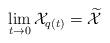
LaTeX: \begin{align*} \lim_{t \to 0} \mathcal{X}_{q(t)} = \widetilde{\mathcal{X}} \end{align*}